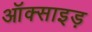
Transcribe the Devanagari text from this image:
ऑक्साइड़